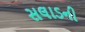
સલાડની